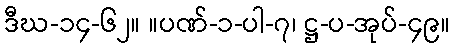
ဒီဃ-၁၄-၆၂။ ။ပဏ်-၁-ပါ-၇၊ ဋ္ဌ-ပ-အုပ်-၄၉။